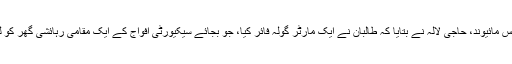
ابتدائی رپورٹوں کے مطابق ضلع چیف آف پولیس مائیوند، حاجی لالہ نے بتایا کہ طالبان نے ایک مارٹر گولہ فائر کیا، جو بجائے سیکیورٹی افواج کے ایک مقامی رہائشی گھر کو لگا،جس نے خواتین اور بچوں کو زخمی کردیا۔